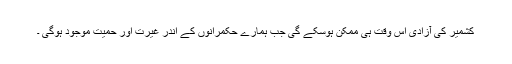
کشمیر کی آزادی اس وقت ہی ممکن ہوسکے گی جب ہمارے حکمرانوں کے اندر غیرت اور حمیت موجود ہوگی ۔